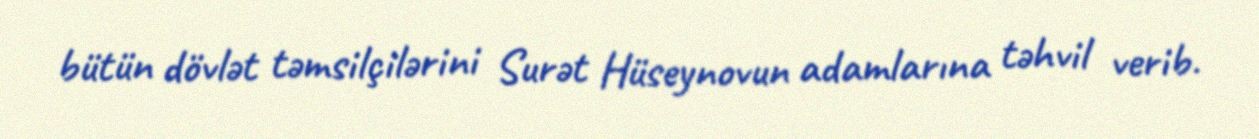
bütün dövlət təmsilçilərini Surət Hüseynovun adamlarına təhvil verib.